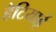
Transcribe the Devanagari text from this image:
हैटियाई